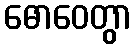
ဓောဝေတွာ